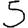
Digit: 5